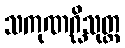
သကုဏဂ္ဃိသုတ္တ